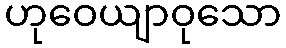
ဟုဝေယျာဝုသော